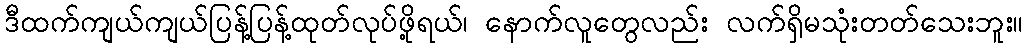
ဒီထက်ကျယ်ကျယ်ပြန့်ပြန့်ထုတ်လုပ်ဖို့ရယ်၊ နောက်လူတွေလည်း လက်ရှိမသုံးတတ်သေးဘူး။